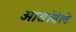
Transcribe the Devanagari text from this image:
आडविले